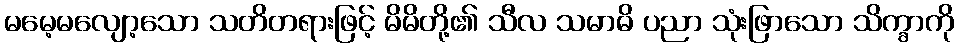
မမေ့မလျော့သော သတိတရားဖြင့် မိမိတို့၏ သီလ သမာဓိ ပညာ သုံးဖြာသော သိက္ခာကို